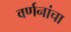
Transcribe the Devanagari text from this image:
वर्णनांचा